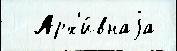
  Арх'и́внаjа